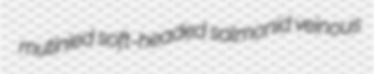
mutinied soft-headed salmonid veinous